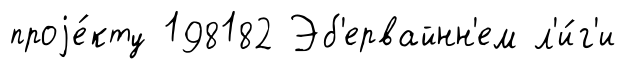
проjе́кту 198182 Эб'ервайнн'ем л'и́г'и